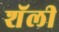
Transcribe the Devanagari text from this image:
शॅली